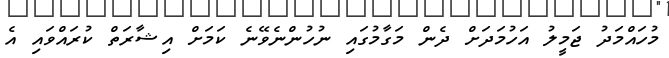
މުހައްމަދު ޖަމީލު އަހުމަދަށް ދެން މަގާމުގައި ނުހުންނެވޭނެ ކަމަށް އިޝާރަތް ކުރައްވައި އެ